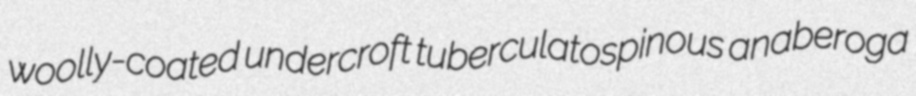
woolly-coated undercroft tuberculatospinous anaberoga